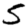
Digit: 5